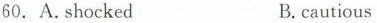
60. A.shocked B.cautious